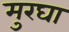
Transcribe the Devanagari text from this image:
मुरघा